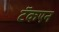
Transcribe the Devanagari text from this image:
टॅकएन